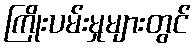
ကြိုးပမ်းမှုများတွင်